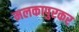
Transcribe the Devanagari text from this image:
मलकापुरकर